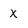
Character: x